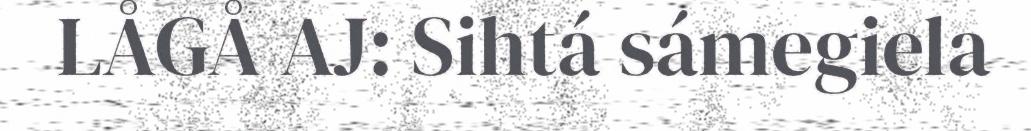
LÅGÅ AJ: Sihtá sámegiela